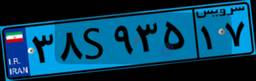
۳۸S۹۳۵۱۷